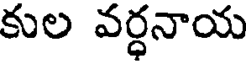
కుల వర్ధనాయ